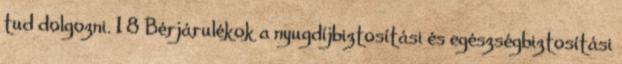
tud dolgozni. 1 8 Bérjárulékok a nyugdíjbiztosítási és egészségbiztosítási